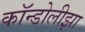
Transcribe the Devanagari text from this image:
कॉन्डोलीझा